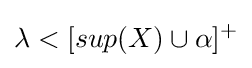
\lambda <[sup(X)\cup \alpha ]^{+}